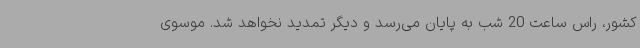
کشور، راس ساعت 20 شب به پایان می‌رسد و دیگر تمدید نخواهد شد. موسوی